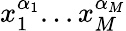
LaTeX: x_{1}^{\alpha_{1}}...x_{M}^{\alpha_{M}}